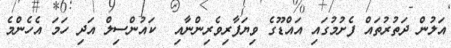
އަލުން ދަތުރުތައް ފެށުމުގައި އައްޑޫގެ ވިޔަފާރިވެރިންނާއި  ކައުންސިލް އަދި ހަމަ އެހެންމެ